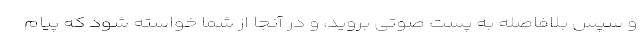
و سپس بلافاصله به پست صوتی بروید، و در آنجا از شما خواسته شود که پیام